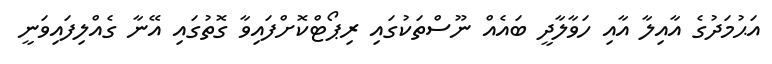
އަޙުމަދުގެ އާއިލާ އާއި ހަވާލާދީ ބައެއް ނޫސްތަކުގައި ރިޕޯޓްކޮށްފައިވާ ގޮތުގައި އޭނާ ގެއްލިފައިވަނީ